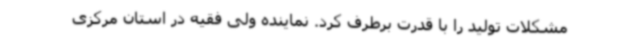
مشکلات تولید را با قدرت برطرف کرد. نماینده ولی فقیه در استان مرکزی